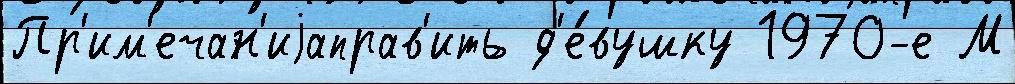
Пр'им'ечан'иjаправ'ить д'е́вушку 1970-е М